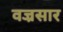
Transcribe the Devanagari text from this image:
वज्रसार